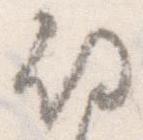
期